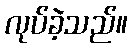
လုပ်ခဲ့သည်။